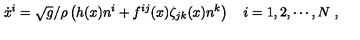
\dot { x } ^ { i } = \sqrt { g } / \rho \left( h ( x ) n ^ { i } + f ^ { i j } ( x ) \zeta _ { j k } ( x ) n ^ { k } \right) \quad i = 1 , 2 , \cdots , N \ ,